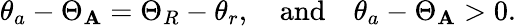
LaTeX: \theta_{a}-\Theta_{\mathbf{A}}=\Theta_{R}-\theta_{r},\quad\textrm{{and}}\quad\theta_{a}-\Theta_{\mathbf{A}}>0.